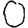
Digit: 0